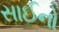
સાઈનો